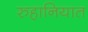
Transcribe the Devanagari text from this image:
रुहानियात